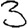
Digit: 3